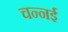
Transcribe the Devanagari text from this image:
चन्नई